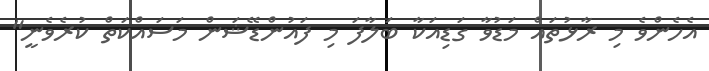
އެހެންވެ މި ރާޅުތައް މަޑުވާ ގަޑިއަކާ ބަލާފަ މި ފައުންޑޭޝަން މަސައްކަތް ކުރެވެނީ"